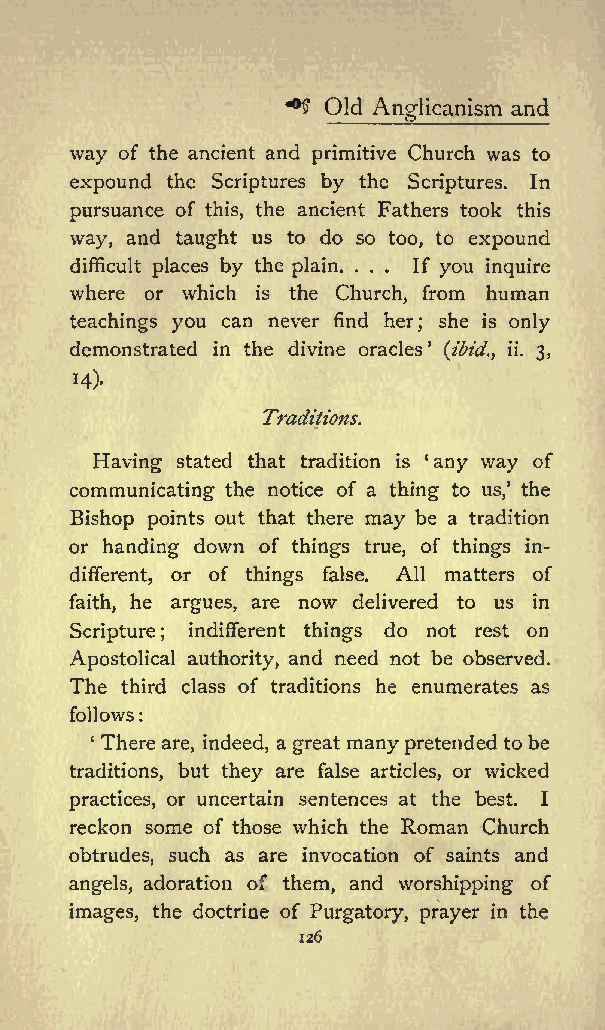
+$ Old         and
 Anglicanism
 way of the ancient and primitive Church was to
 expound the Scriptures by the Scriptures. In
 pursuance of this, the ancient Fathers took this
 way, and taught us to do so too, to expound
 difficult places by the plain. ... If you inquire
 where or which is the Church, from human
 teachings you can never find her; she is only
 demonstrated in the divine oracles (ibid., ii. 3,
 14).
 Traditions.
 Having stated that tradition is any way of
 communicating the notice of a thing to us, the
 Bishop points out that there may be a tradition
 or handing down of things true, of things in
 different, or of things false. All matters of
 faith, he argues, are now delivered to us in
 Scripture; indifferent things do not rest on
 Apostolical authority, and need not be observed.
 The third class of traditions he enumerates as
 follows
 :
 There are, indeed, a great manypretended to be
 traditions, but they are false articles, or wicked
 practices, or uncertain sentences at the best. I
 reckon some of those which the Roman Church
 obtrudes, such as are invocation of saints and
 angels, adoration of them, and worshipping of
 images, the doctrine of Purgatory, prayer in the
 126